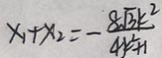
x _ { 1 } + x _ { 2 } = - \frac { 8 \sqrt { 3 } k ^ { 2 } } { 4 k ^ { 2 } + 1 }